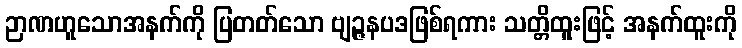
ဉာဏဟူသောအနက်ကို ပြတတ်သော ဗျဉ္ဇနပဒဖြစ်ရကား သတ္တိထူးဖြင့် အနက်ထူးကို